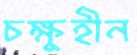
চক্ষুহীন